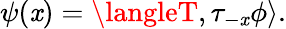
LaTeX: \psi(\mathit{x})=\langleT,\tau_{-\mathit{x}}\phi\rangle.